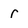
Character: r